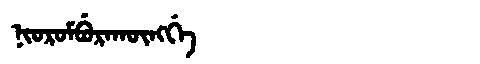
Manchu: ᠨᡳᠣᡵᠣᠮᠪᡠᡵᠠᡴᡡᠩᡤᡝ
Romanization: NIOROMBURAKŪNGGE